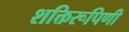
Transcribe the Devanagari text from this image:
शक्तिरूपिणी